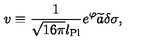
v \equiv { \frac { 1 } { \sqrt { 1 6 \pi } l _ { \mathrm { P l } } } } e ^ { \varphi } \widetilde { a } \delta \sigma ,